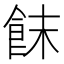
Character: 䬴